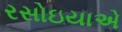
રસોઇયાએ